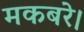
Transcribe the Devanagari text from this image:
मकबरे।